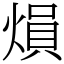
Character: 熉